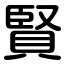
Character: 賢